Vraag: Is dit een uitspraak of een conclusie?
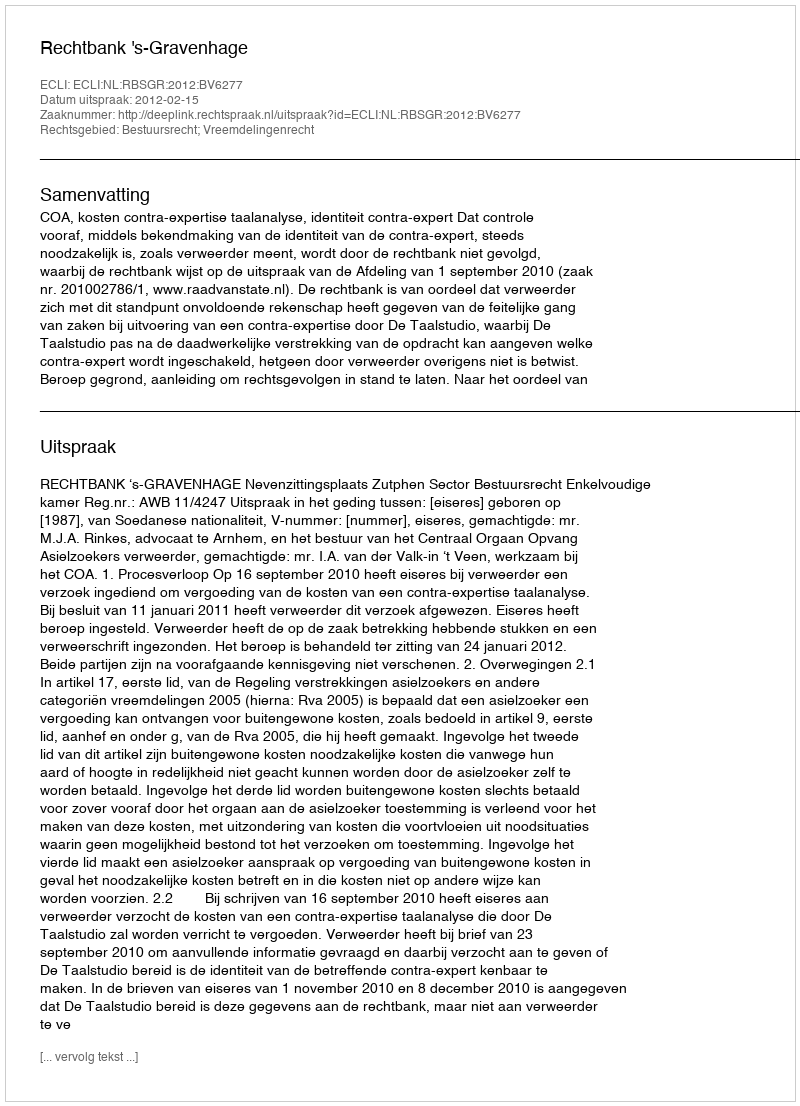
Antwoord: Uitspraak